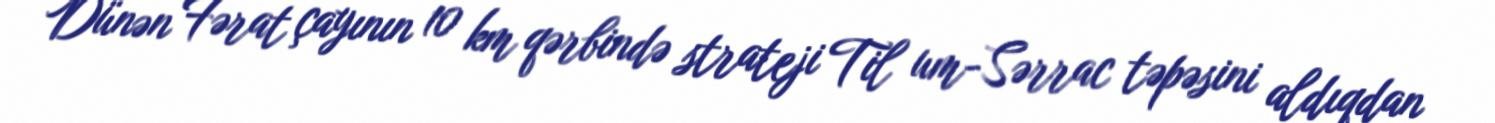
Dünən Fərat çayının 10 km qərbində strateji Til um-Sərrac təpəsini aldıqdan